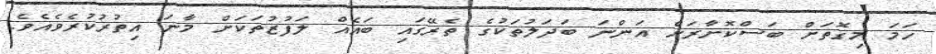
ހަމަ މިގޮތަށް ބަސްކޮށާރަށް އަންނަ ބަދަލުތަކުގެ ތެރޭގައި ބައެއް ލަފުޒުތަކަށް މާނަ އިތުރުކުރެވެއެވެ.